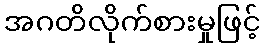
အဂတိလိုက်စားမှုဖြင့်